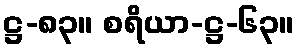
ဋ္ဌ-၈၃။ စရိယာ-ဋ္ဌ-၆၃။